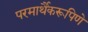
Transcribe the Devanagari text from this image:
परमार्थैकरूपिणे